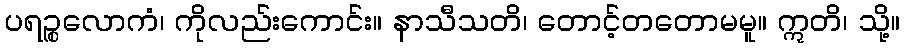
ပရဉ္စလောကံ၊ ကိုလည်းကောင်း။ နာသီသတိ၊ တောင့်တတောမမူ။ ဣတိ၊ သို့။